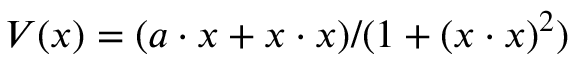
V ( x ) = ( a \cdot x + x \cdot x ) / ( 1 + ( x \cdot x ) ^ { 2 } )